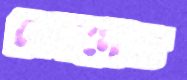
মেহমেত